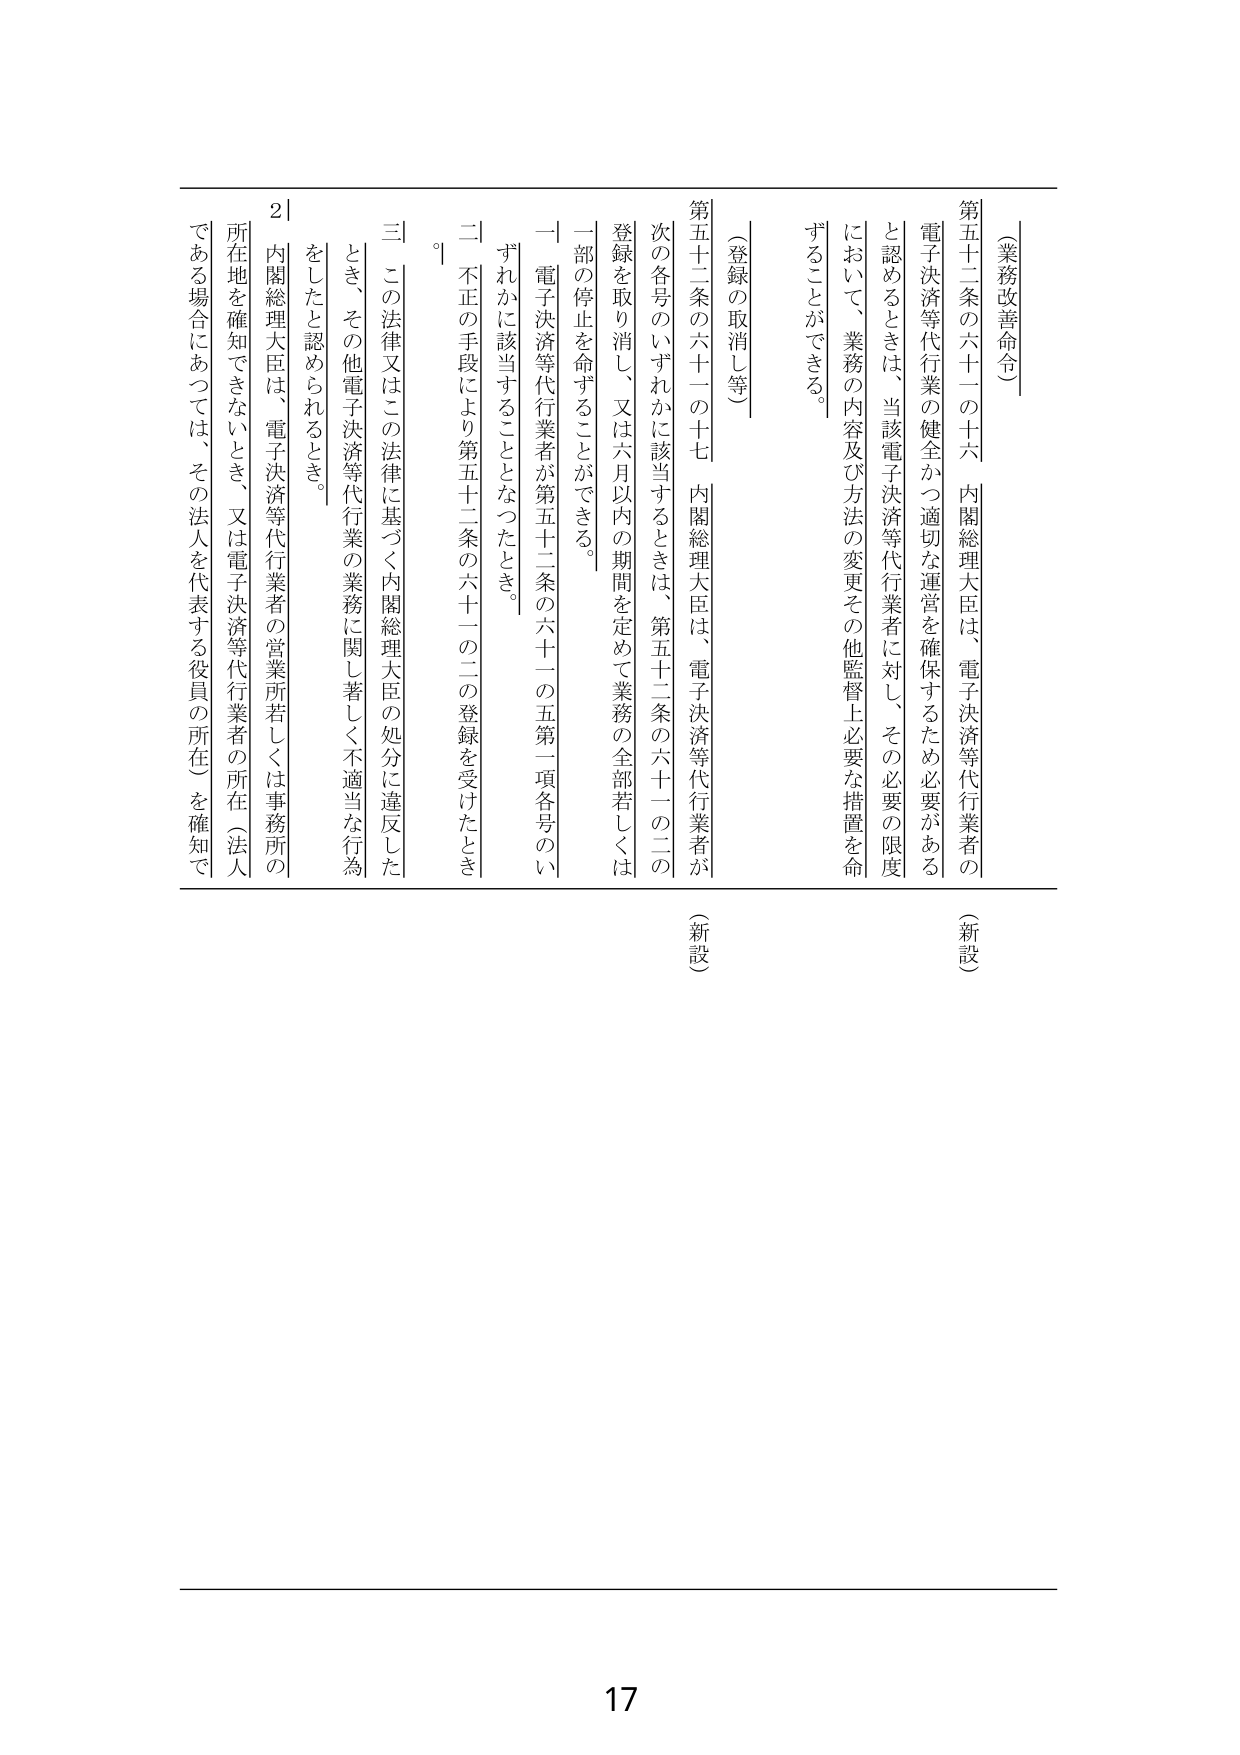
（業務改善命令）

第五十二条の六十一の十六　内閣総理大臣は、電子決済等代行業者の
電子決済等代行業の健全かつ適切な運営を確保するため必要がある
と認めるときは、当該電子決済等代行業者に対し、その必要の限度
において、業務の内容及び方法の変更その他監督上必要な措置を命
ずることができる。

（登録の取消し等）

第五十二条の六十一の十七　内閣総理大臣は、電子決済等代行業者が
次の各号のいずれかに該当するときは、第五十二条の六十一の二の
登録を取り消し、又は六月以内の期間を定めて業務の全部若しくは
一部の停止を命ずることができる。

一　電子決済等代行業者が第五十二条の六十一の五第一項各号のい
ずれかに該当することとなったとき。

二　不正の手段により第五十二条の六十一の二の登録を受けたとき
。

三　この法律又はこの法律に基づく内閣総理大臣の処分に違反した
とき、その他電子決済等代行業の業務に関し著しく不適当な行為
をしたと認められるとき。

内閣総理大臣は、電子決済等代行業者の営業所若しくは事務所の
所在地を確知できないとき、又は電子決済等代行業者の所在（法人
である場合にあっては、その法人を代表する役員の所在）を確知で

（新設）
（新設）

2|

17